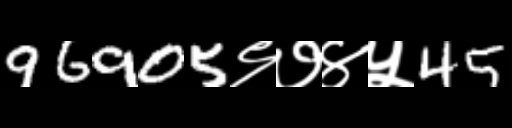
Text: 96905९७४५45